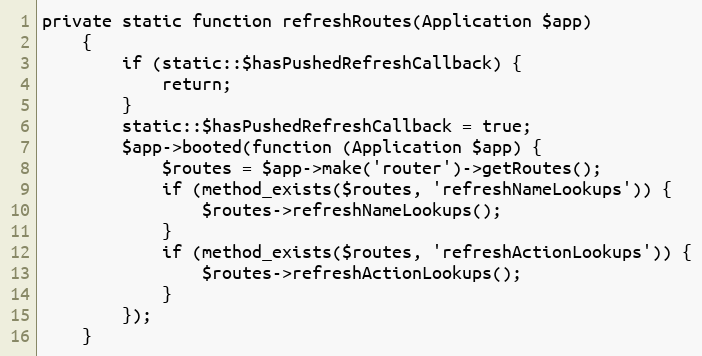
Language: PHP
private static function refreshRoutes(Application $app)
    {
        if (static::$hasPushedRefreshCallback) {
            return;
        }
        static::$hasPushedRefreshCallback = true;
        $app->booted(function (Application $app) {
            $routes = $app->make('router')->getRoutes();
            if (method_exists($routes, 'refreshNameLookups')) {
                $routes->refreshNameLookups();
            }
            if (method_exists($routes, 'refreshActionLookups')) {
                $routes->refreshActionLookups();
            }
        });
    }